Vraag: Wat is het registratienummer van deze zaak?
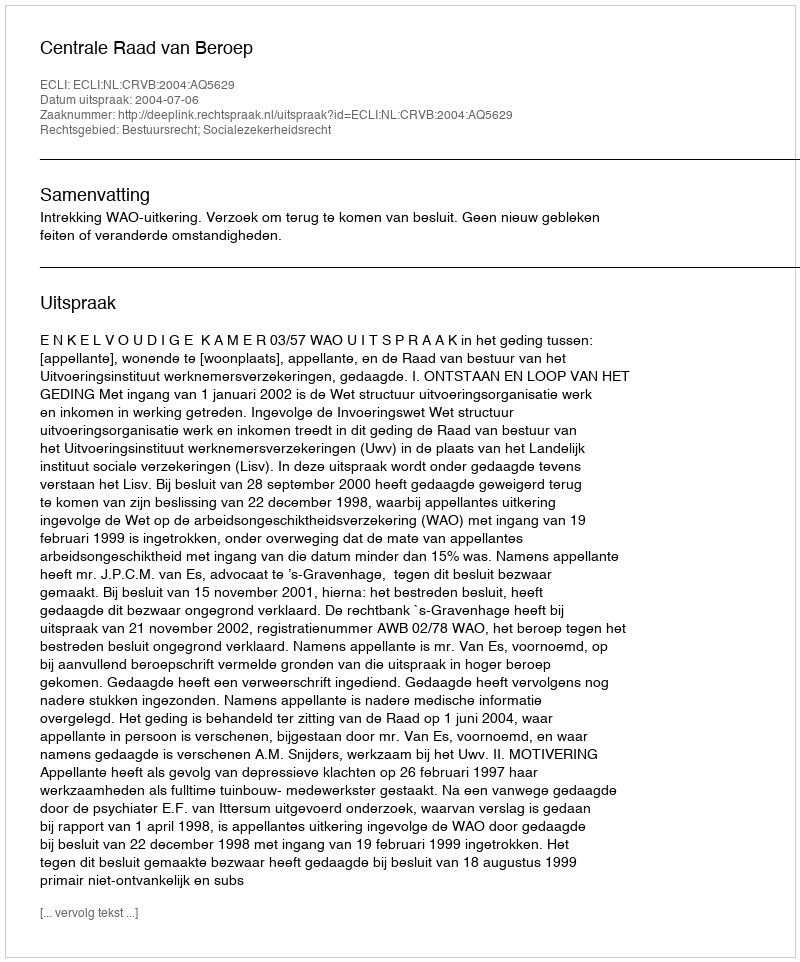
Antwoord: http://deeplink.rechtspraak.nl/uitspraak?id=ECLI:NL:CRVB:2004:AQ5629